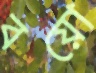
বয়ো